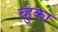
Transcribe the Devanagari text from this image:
च्हुका